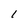
Character: I